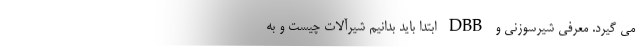
می گیرد. معرفی شیرسوزنی و DBB ابتدا باید بدانیم شیرآلات چیست و به